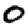
Digit: 0